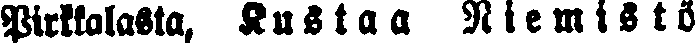
Pirkkalasta, Kustaa Niemistö